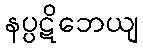
နပ္ပဋိဘေယျ